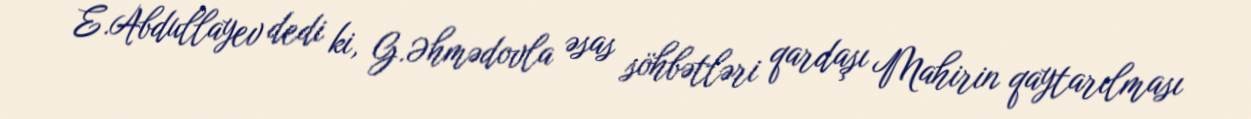
E.Abdullayev dedi ki, G.Əhmədovla əsas söhbətləri qardaşı Mahirin qaytarılması